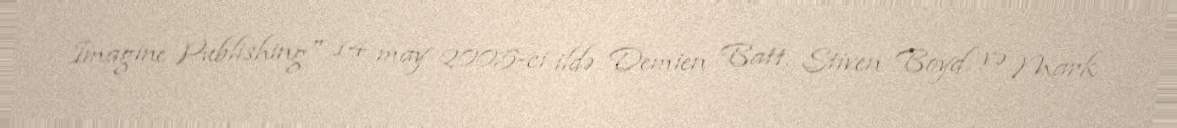
Imagine Publishing" 14 may 2005-ci ildə Demien Batt, Stiven Boyd və Mark